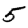
Digit: 5